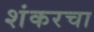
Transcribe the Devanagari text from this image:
शंकरचा